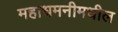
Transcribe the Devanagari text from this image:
महाधमनीमधील